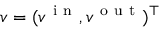
v = ( v ^ { \mathrm { ~ i ~ n ~ } } , v ^ { \mathrm { ~ o ~ u ~ t ~ } } ) ^ { \top }